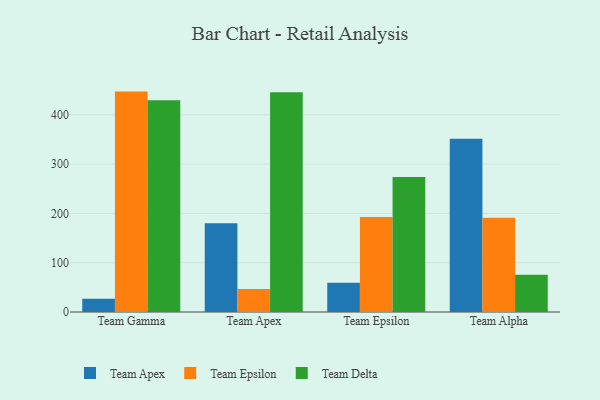
{"axis": {"x": "Team", "y": "Backlog"}, "legend": ["Team Apex", "Team Delta", "Team Epsilon"], "data": [{"x": "Team Gamma", "y": 26.9, "type": "Team Apex"}, {"x": "Team Gamma", "y": 447.1, "type": "Team Epsilon"}, {"x": "Team Gamma", "y": 429.7, "type": "Team Delta"}, {"x": "Team Apex", "y": 179.8, "type": "Team Apex"}, {"x": "Team Apex", "y": 46.5, "type": "Team Epsilon"}, {"x": "Team Apex", "y": 445.6, "type": "Team Delta"}, {"x": "Team Epsilon", "y": 59.1, "type": "Team Apex"}, {"x": "Team Epsilon", "y": 192.6, "type": "Team Epsilon"}, {"x": "Team Epsilon", "y": 273.9, "type": "Team Delta"}, {"x": "Team Alpha", "y": 351.7, "type": "Team Apex"}, {"x": "Team Alpha", "y": 191.0, "type": "Team Epsilon"}, {"x": "Team Alpha", "y": 75.8, "type": "Team Delta"}]}